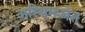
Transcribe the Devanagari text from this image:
अस्थिमज्जेत